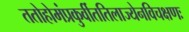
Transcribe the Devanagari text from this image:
ततोहोमंप्रकुर्वीततिलाज्येनविचक्षणः